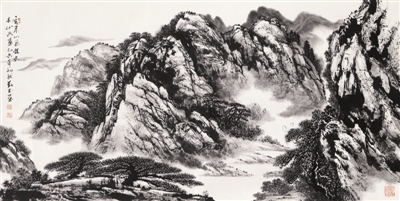
云来山更佳，云去山如画。